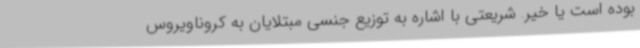
بوده است یا خیر. شریعتی با اشاره به توزیع جنسی مبتلایان به کروناویروس